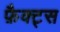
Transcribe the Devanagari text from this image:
फ़ैक्ट्स